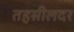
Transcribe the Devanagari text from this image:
तहसीलदर